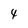
Character: 4